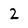
Character: 2